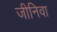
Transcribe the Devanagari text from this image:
जीनिवा